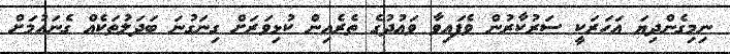
ނިމިގެންދިޔަ އަހަރަކީ ސަރުކާރުން ވެފައިވާ ވައުދުގެ ތެރެއިން ކުޅިވަރަށް ގިނަގުނަ ބަދަލުތަކެއް ގެނައުމަށް